Newspaper: Nebraska advertiser. [volume]
Place of publication: Brownville, Nemaha County, N.T. [Neb.]
Publisher: R.W. Furnas
Date: 1880-10-14 00:00:00
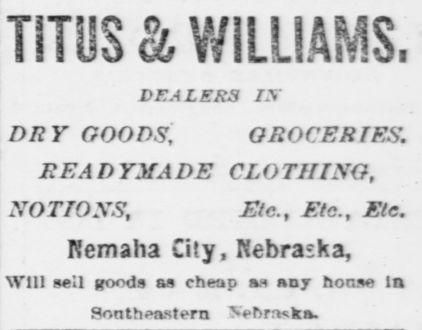
Advertisement text (OCR):
MBAM? t$ 3L.tLsi720a DEALERS IS" DRY GOODS', GROCERIES. READYMADE CLOTHING, NOTIONS, Etc., Etc., Etc. Nemaha City, Nebraska, Will sell goods as cheap an any house in Southeastern 'Sebrnska.
Label: text-only